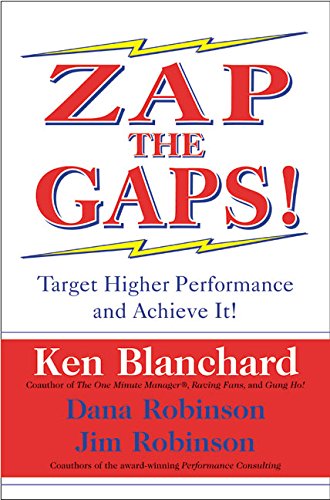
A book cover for Zap the Gaps! Target Higher Performance and Achieve It!; Kenneth H. Blanchard; Humor & Entertainment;